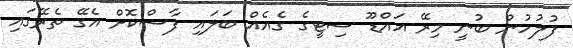
ފުލުހުން ބުނީ މިރޭ އައްޑޫ ސިޓީގެ ގެއެއް ބަލައި ފާސްކޮށް އެގޭ ތެރޭގައި